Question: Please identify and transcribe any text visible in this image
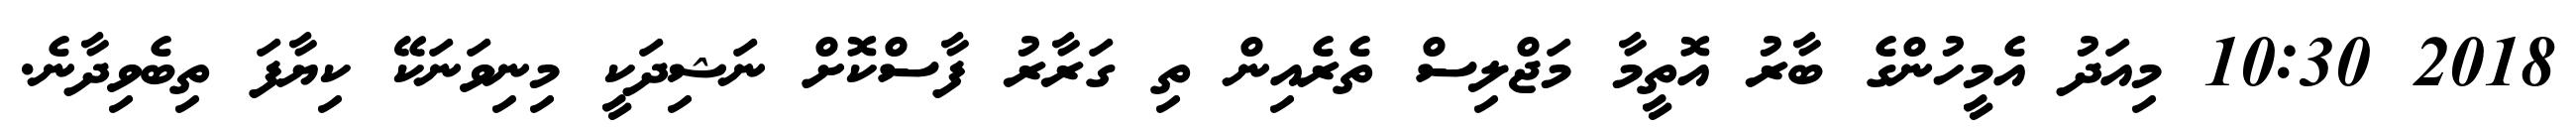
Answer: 2018 10:30 މިއަދު އެމީހުންގެ ބާރު އޮތީމާ މަޖްލިސް ތެރެއިން ތި ގަރާރު ފާސްކޮށް ނަޝިދަކީ މިނިވަނަކޭ ކިޔާފަ ތިބެވިދާނެ.